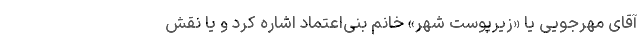
آقای مهرجویی یا «زیرپوست شهر» خانم بنی‌اعتماد اشاره کرد و یا نقش